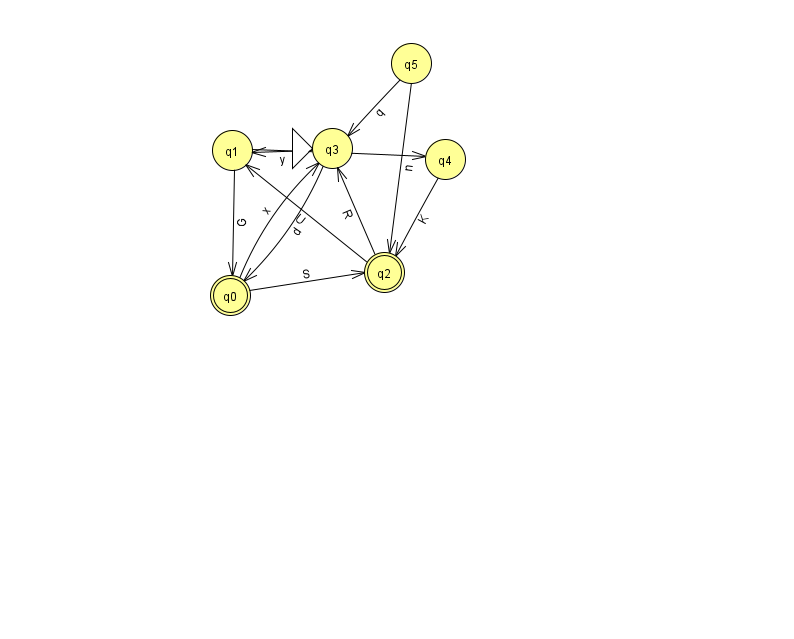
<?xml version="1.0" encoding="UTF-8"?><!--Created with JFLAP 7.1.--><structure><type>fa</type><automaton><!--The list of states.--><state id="0" name="q0"><x>230.0</x><y>282.0</y><final/></state><state id="1" name="q1"><x>232.0</x><y>137.0</y></state><state id="2" name="q2"><x>384.0</x><y>259.0</y><final/></state><state id="3" name="q3"><x>332.0</x><y>135.0</y><initial/></state><state id="4" name="q4"><x>445.0</x><y>146.0</y></state><state id="5" name="q5"><x>411.0</x><y>50.0</y></state><!--The list of transitions.--><transition><from>3</from><to>0</to><read>d</read></transition><transition><from>5</from><to>3</to><read>q</read></transition><transition><from>1</from><to>0</to><read>G</read></transition><transition><from>5</from><to>2</to><read>n</read></transition><transition><from>4</from><to>2</to><read>K</read></transition><transition><from>1</from><to>4</to><read>V</read></transition><transition><from>2</from><to>1</to><read>U</read></transition><transition><from>2</from><to>3</to><read>R</read></transition><transition><from>0</from><to>2</to><read>S</read></transition><transition><from>0</from><to>3</to><read>x</read></transition><transition><from>3</from><to>1</to><read>y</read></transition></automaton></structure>